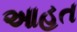
આહત